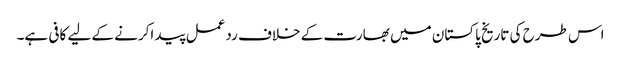
اس طرح کی تاریخ پاکستان میں بھارت کے خلاف ردعمل پید اکرنے کے لیے کافی ہے۔